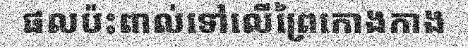
ផលប៉ះពាល់ទៅលើព្រៃកោងកាង